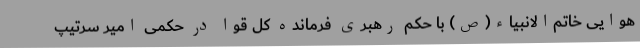
هوایی خاتم‌الانبیاء(ص) با حکم رهبری فرمانده کل قوا در حکمی امیر سرتیپ